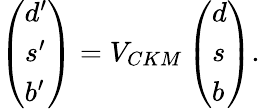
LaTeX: \left(\begin{array}{l}{{d^{\prime}}}\\ {{s^{\prime}}}\\ {{b^{\prime}}}\end{array}\right)=V_{CKM}\left(\begin{array}{l}{{d}}\\ {{s}}\\ {{b}}\end{array}\right).